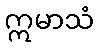
ဣမာသံ